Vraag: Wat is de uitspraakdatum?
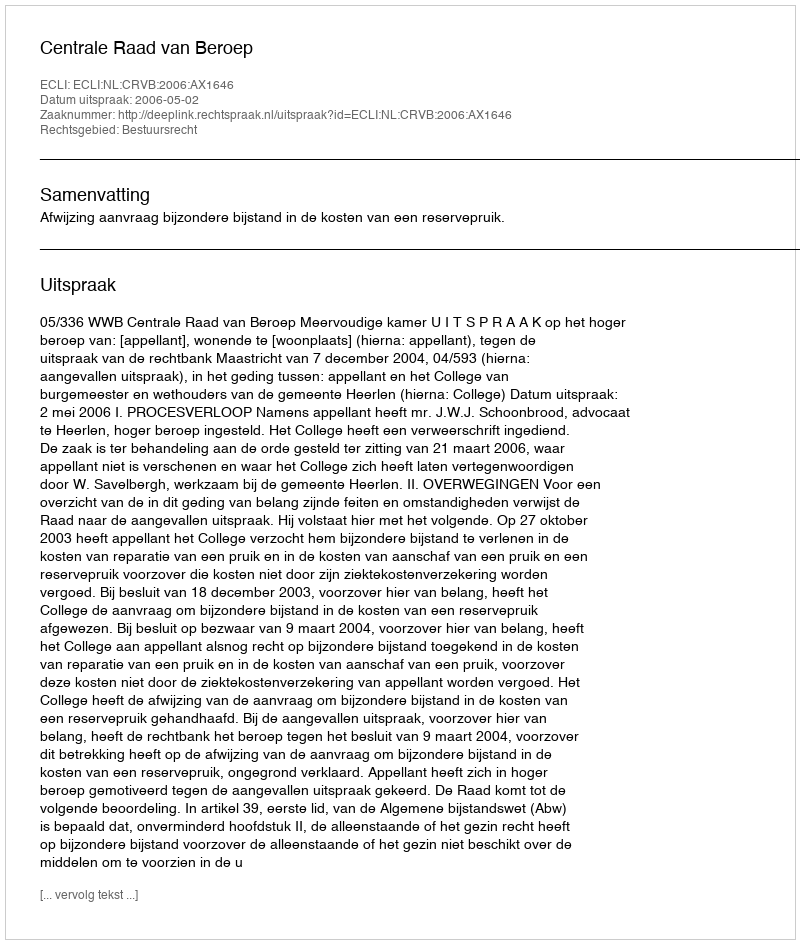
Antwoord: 2006-05-02